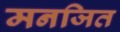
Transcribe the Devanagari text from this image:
मनजित